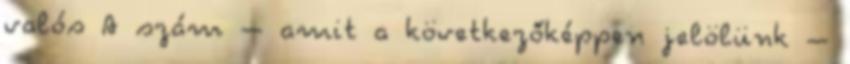
valós A szám – amit a következőképpen jelölünk –